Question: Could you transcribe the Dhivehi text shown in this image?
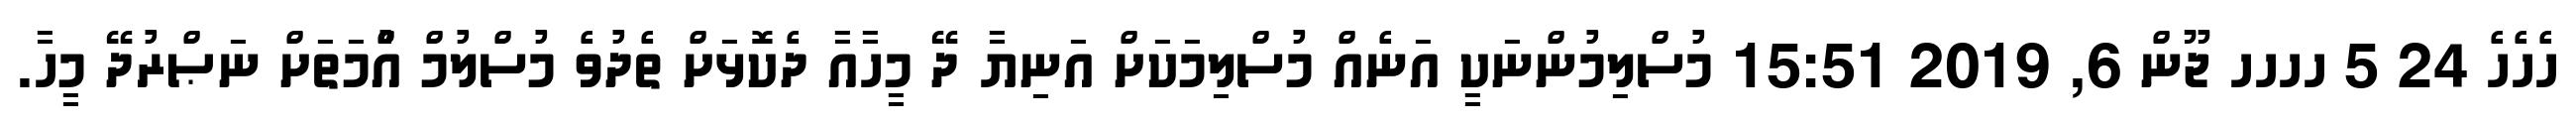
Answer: ހެހެހެ 24 5 ހހހހ ޖޫން 6, 2019 15:51 މުސްލިމުންނަކީ އަނެއް މުސްލިމަކަށް އަނިޔާ ދޭ މީހާއާ ދެކޮޅަށް ތެދުވެ މުސްލުމް އުެްމަތަށް ނަޞްރުދޭ މީހާ.